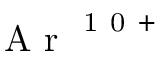
\mathrm { ~ A ~ r ~ } ^ { \mathrm { ~ 1 ~ 0 ~ + ~ } }